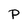
Character: p